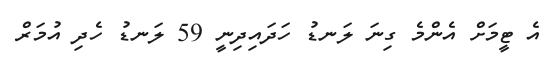
އެ ޓީމަށް އެންމެ ގިނަ ލަނޑު ހަދައިދިނީ 59 ލަނޑު ހެދި އުމަރް